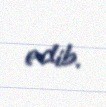
edib.